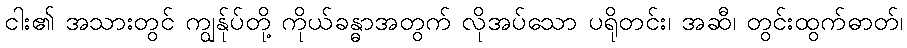
ငါး၏ အသားတွင် ကျွန်ုပ်တို့ ကိုယ်ခန္ဓာအတွက် လိုအပ်သော ပရိုတင်း၊ အဆီ၊ တွင်းထွက်ဓာတ်၊